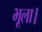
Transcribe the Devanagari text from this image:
भूला।